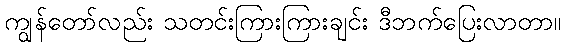
ကျွန်တော်လည်း သတင်းကြားကြားချင်း ဒီဘက်ပြေးလာတာ။